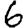
Digit: 6